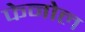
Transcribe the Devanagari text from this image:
फेनोल